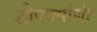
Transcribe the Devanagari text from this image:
द्वीपवर्षाणां